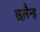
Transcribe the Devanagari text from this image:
छलैन्ह